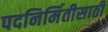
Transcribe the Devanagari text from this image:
पदनिर्मितीसाठी